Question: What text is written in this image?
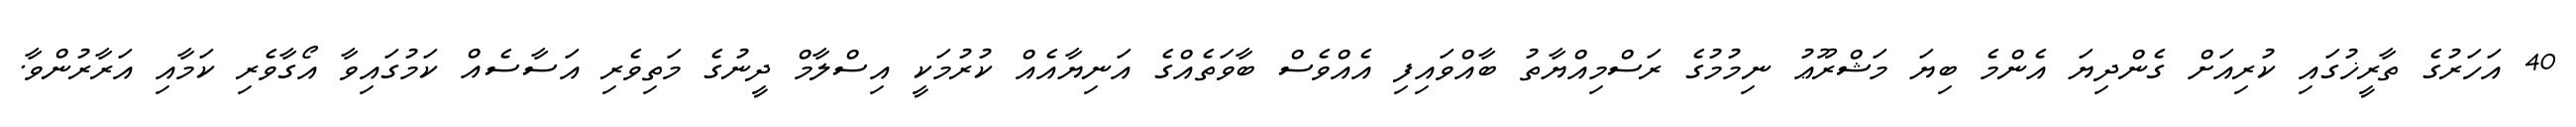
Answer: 40 އަހަރުގެ ތާރީޚުގައި ކުރިއަށް ގެންދިޔަ އެންމެ ބިޔަ މަޝްރޫޢު ނިމުމުގެ ރަސްމިއްޔާތު ބާއްވައިފި އެއްވެސް ބާވަތެއްގެ އަނިޔާއެއް ކުރުމަކީ އިސްލާމް ދީނުގެ މަތިވެރި އަސާސެއް ކަމުގައިވާ އޯގާވެރި ކަމާއި އަރާރުންވާ.